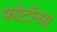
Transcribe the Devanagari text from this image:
फोटॉनस